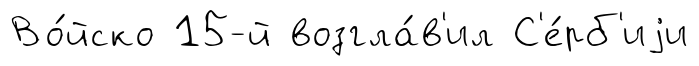
Во́йско 15-й возгла́в'ил С'е́рб'иjи